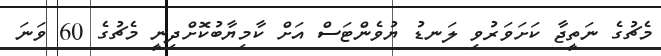
މެޗުގެ ނަތީޖާ ކަށަވަރުވި ލަނޑު ޔުވެންޓަސް އަށް ކާމިޔާބުކޮށްދިނީ މެޗުގެ 60 ވަނަ